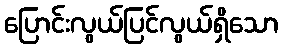
ပြောင်းလွယ်ပြင်လွယ်ရှိသော